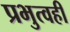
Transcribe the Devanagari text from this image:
प्रभुत्वही